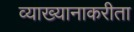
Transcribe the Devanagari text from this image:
व्याख्यानाकरीता